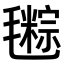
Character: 𣰤